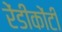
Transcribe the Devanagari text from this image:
रेंडीकोंटी